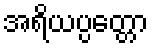
အရိယပ္ပတ္တော